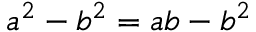
a ^ { 2 } - b ^ { 2 } = a b - b ^ { 2 }